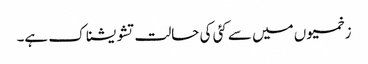
زخمیوں میں سے کئی کی حالت تشویشناک ہے۔